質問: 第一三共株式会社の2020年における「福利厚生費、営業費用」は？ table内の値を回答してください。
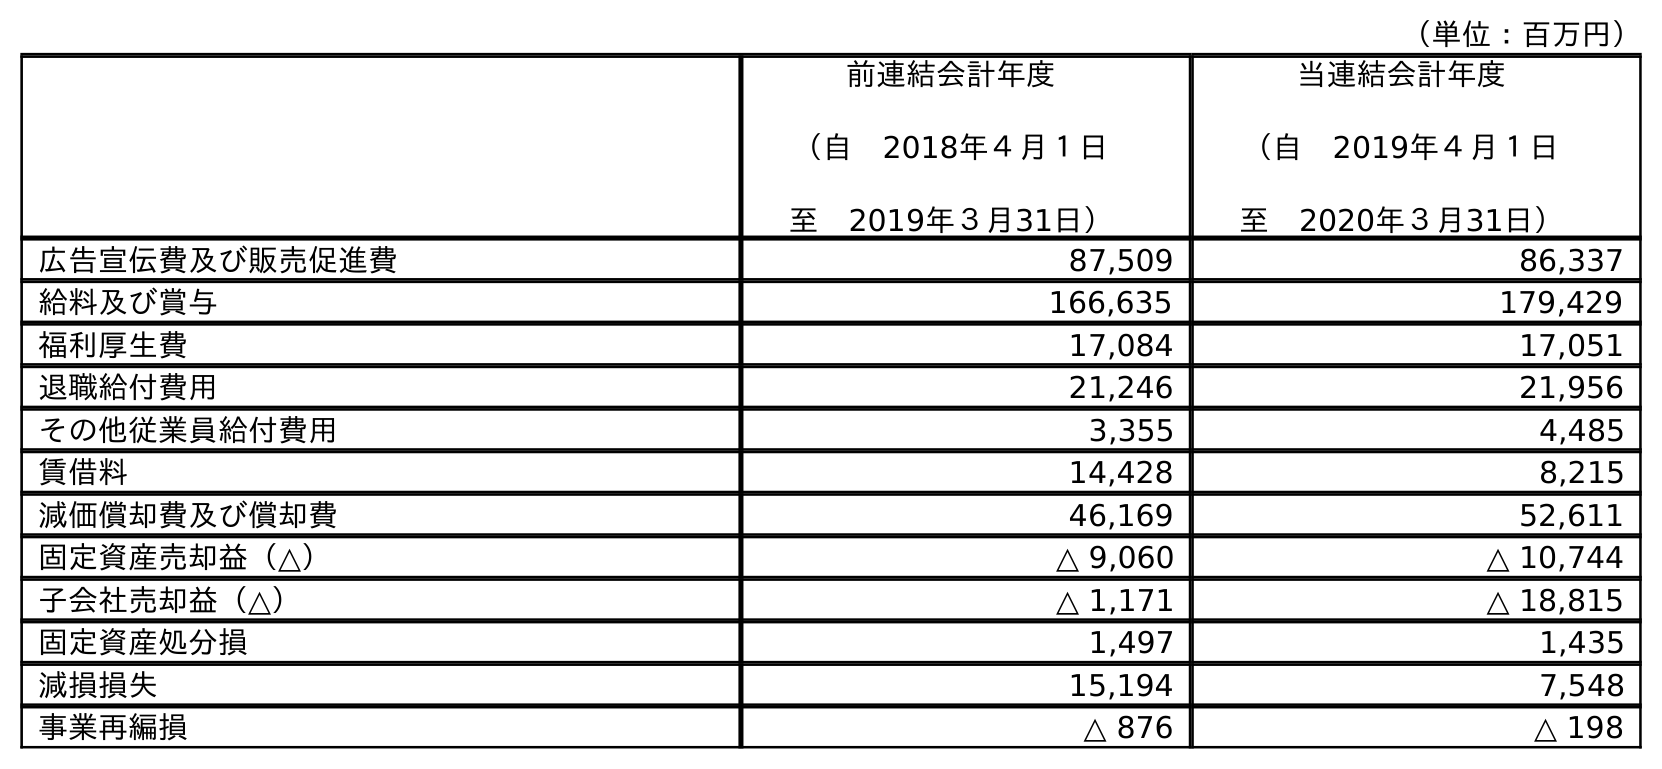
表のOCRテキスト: （単位：百万円） 前連結会計年度 （自 2018年４月１日 至 2019年３月31日） 当連結会計年度 （自 2019年４月１日 至 2020年３月31日） 広告宣伝費及び販売促進費 87,509 86,337 給料及び賞与 166,635 179,429 福利厚生費 17,084 17,051 退職給付費用 21,246 21,956 その他従業員給付費用 3,355 4,485 賃借料 14,428 8,215 減価償却費及び償却費 46,169 52,611 固定資産売却益（△） △ 9,060 △ 10,744 子会社売却益（△） △ 1,171 △ 18,815 固定資産処分損 1,497 1,435 減損損失 15,194 7,548 事業再編損 △ 876 △ 198
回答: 17,051